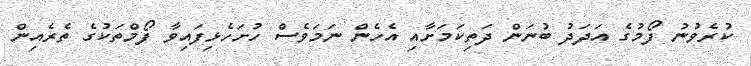
ކުރެވުނު ފޯމުގެ އަދަދު ބުނަން ދަތިކަމަށާއި އެހެން ނަމަވެސް ހުށަހެޅިފައިވާ ފޯމްތަކުގެ ތެރެއިން